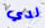
لدي